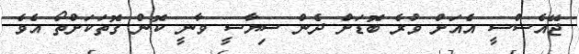
ޖޭއެސްސީ އެއަށް ވުރެ ބޮޑަށް ދެން ސިޔާސީ ވާނީ ކޮން ގޮތަކަށްތޯ އެވެ